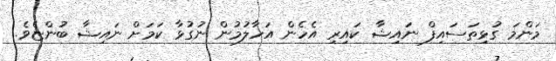
މަންމަ ގުޅިތަސައިފް ނައިޝާ ކައިރި އެހެން އަހާލުމުން ނުގުޅާ ކަމަށް ނައިޝާ ބުންޏެވެ.